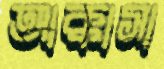
আক্কাসা